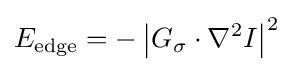
E_{\text{edge}}=-\left|G_{\sigma }\cdot \nabla ^{2}I\right\vert ^{2}